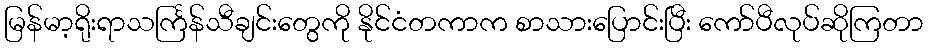
မြန်မာ့ရိုးရာသင်္ကြန်သီချင်းတွေကို နိုင်ငံတကာက စာသားပြောင်းပြီး ကော်ပီလုပ်ဆိုကြတာ